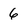
Character: 6